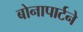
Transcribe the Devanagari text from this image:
बोनापार्टने